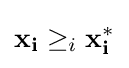
\mathbf {x_{i}} \geq _{i}\mathbf {x_{i}^{*}}